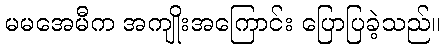
မမအေမီက အကျိုးအကြောင်း ပြောပြခဲ့သည်။